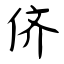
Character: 侪